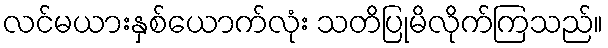
လင်မယားနှစ်ယောက်လုံး သတိပြုမိလိုက်ကြသည်။